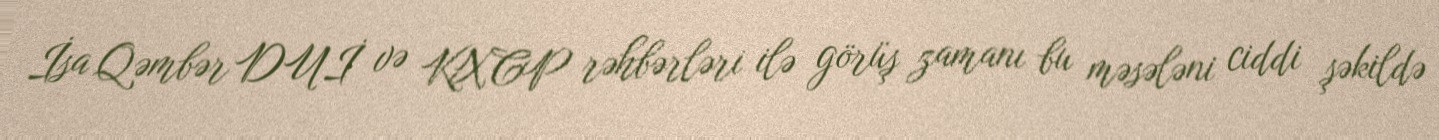
İsa Qəmbər DUİ və KXCP rəhbərləri ilə görüş zamanı bu məsələni ciddi şəkildə